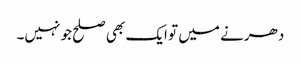
دھرنے میں تو ایک بھی صلح جو نہیں۔